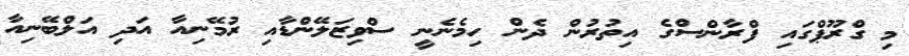
މި ގްރޫޕްގައި ފްރާންސްގެ އިތުރުން ދެން ހިމެނެނީ ސްވިޒަލޭންޑާއި ރުމޭނިއާ އަދި އަލްބޭނިއާ